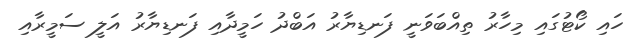
ހައި ކޯޓުގައި މިހާރު ތިއްބަވަނީ ފަނޑިޔާރު އަބްދު ހަމީދާއި ފަނޑިޔާރު އަލީ ސަމީރާއި